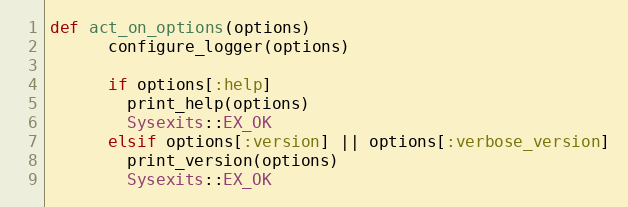
Language: Ruby
def act_on_options(options)
      configure_logger(options)

      if options[:help]
        print_help(options)
        Sysexits::EX_OK
      elsif options[:version] || options[:verbose_version]
        print_version(options)
        Sysexits::EX_OK